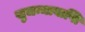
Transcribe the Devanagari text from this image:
सुजन्मावाप्ति